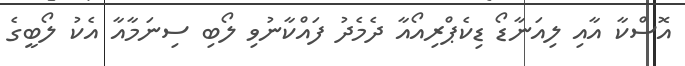
އޮސްކާ އާއި ލިއަނާޑޯ ޑިކެޕްރިއޯއާ ދެމެދު ފައްކާނުވި ލޯބި ސިނަމާއާ އެކު ލޯބީގެ